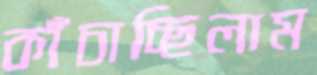
কাঁচাচ্ছিলাম